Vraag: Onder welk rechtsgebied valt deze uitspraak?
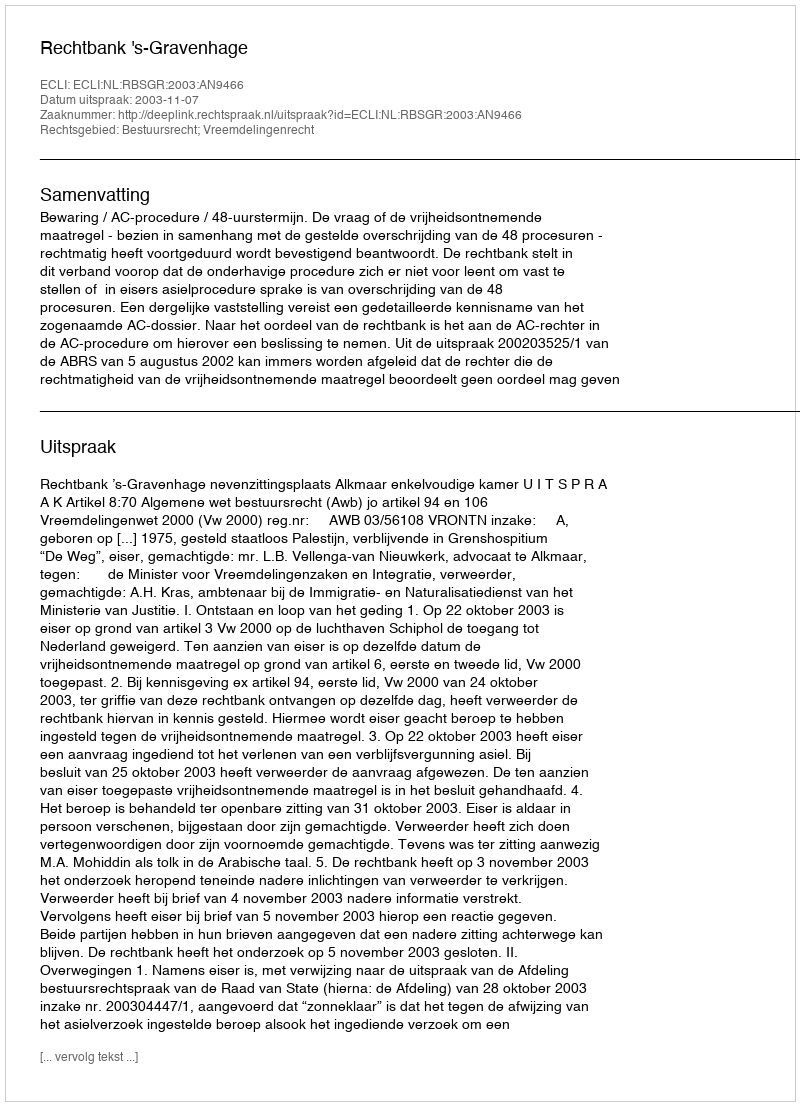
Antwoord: Bestuursrecht; Vreemdelingenrecht